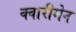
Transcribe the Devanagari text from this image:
क्वारीमेन